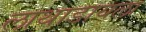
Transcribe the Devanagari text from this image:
लाथाडायला